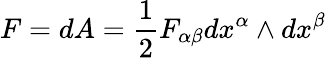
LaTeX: F=dA={\frac{1}{2}}F_{\alpha\beta}dx^{\alpha}\wedge dx^{\beta}